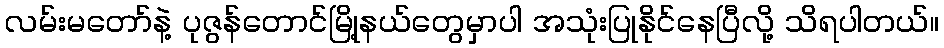
လမ်းမတော်နဲ့ ပုဇွန်တောင်မြို့နယ်တွေမှာပါ အသုံးပြုနိုင်နေပြီလို့ သိရပါတယ်။